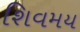
શિવમય